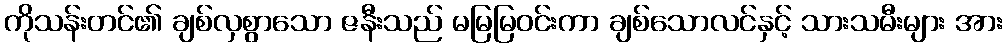
ကိုသန်းတင်၏ ချစ်လှစွာသော ဇနီးသည် မမြမြဝင်းကာ ချစ်သောလင်နှင့် သားသမီးများ အား